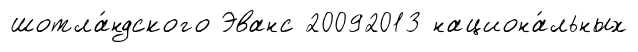
шотла́ндского Эванс 20092013 национа́льных